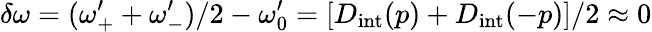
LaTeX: \delta\omega=(\omega_{+}^{\prime}+\omega_{-}^{\prime})/2-\omega_{0}^{\prime}=[D_{\mathrm{int}}(p)+D_{\mathrm{int}}(-p)]/2\approx 0